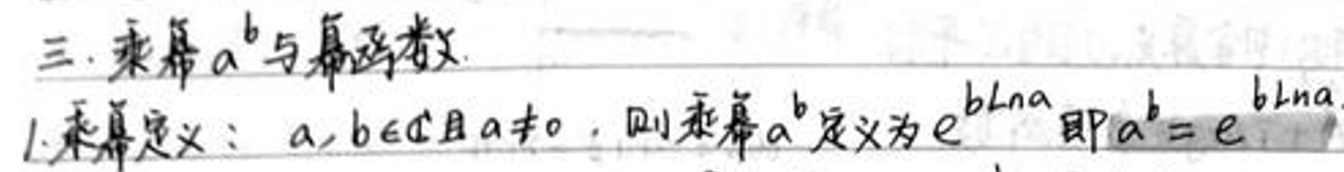
1. 乘幂定义：$a,b\in\mathbb{C}$且$a\neq0$，则乘幂$a^{b}$定义为$e^{b\mathrm{Ln}a}$即$a^{b}=e^{b\mathrm{Ln}a}$